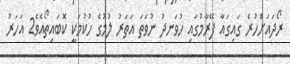
ރޯދައަށްހުރެ ގައިގައާ ފޭރާމުގައި ހުވަނދު ނުވަތަ އަތަރު ލުމުގެ ހުކުމަކީ ކޮބައިތޯއެވެ2 އަހަރު